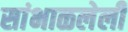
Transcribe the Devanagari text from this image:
सांभाळलेली